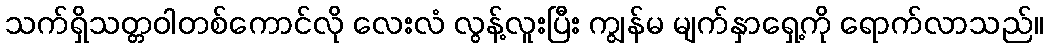
သက်ရှိသတ္တဝါတစ်ကောင်လို လေးလံ လွန့်လူးပြီး ကျွန်မ မျက်နှာရှေ့ကို ရောက်လာသည်။